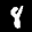
Label: 8